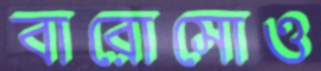
বারোসোও